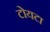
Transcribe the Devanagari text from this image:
टोयटा